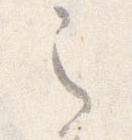
之